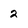
Character: 2